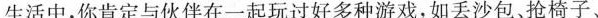
生活中，你肯定与伙伴在一起玩过好多种游戏，如丢沙包、抢椅子、